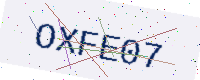
Text: OXFE07